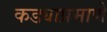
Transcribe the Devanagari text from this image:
कड्याप्रमाणे